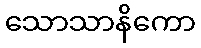
သောသာနိကော